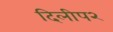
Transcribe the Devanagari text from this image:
दिलीप२